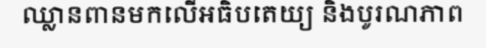
ឈ្លានពានមកលើអធិបតេយ្យ និងបូរណភាព